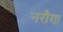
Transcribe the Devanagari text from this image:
नरौण